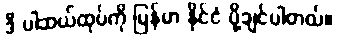
ဒီ ပါဆယ်ထုပ်ကို မြန်မာ နိုင်ငံ ပို့ချင်ပါတယ်။